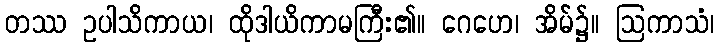
တဿ ဥပါသိကာယ၊ ထိုဒါယိကာမကြီး၏။ ဂေဟေ၊ အိမ်၌။ ဩကာသံ၊